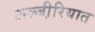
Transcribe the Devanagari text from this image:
अल्जी़रियात